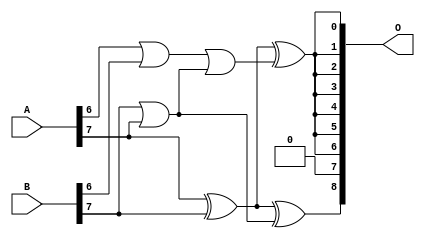
/***
* This code is a part of EvoApproxLib library (ehw.fit.vutbr.cz/approxlib) distributed under The MIT License.
* When used, please cite the following article(s): V. Mrazek, L. Sekanina, Z. Vasicek "Libraries of Approximate Circuits: Automated Design and Application in CNN Accelerators" IEEE Journal on Emerging and Selected Topics in Circuits and Systems, Vol 10, No 4, 2020 
* This file contains a circuit from a sub-set of pareto optimal circuits with respect to the pwr and mre parameters
***/
// MAE% = 16.64 %
// MAE = 43 
// WCE% = 50.00 %
// WCE = 128 
// WCRE% = 6350.00 %
// EP% = 99.22 %
// MRE% = 75.00 %
// MSE = 2723 
// PDK45_PWR = 0.002 mW
// PDK45_AREA = 10.8 um2
// PDK45_DELAY = 0.09 ns

module add8se_7N1 (
    A,
    B,
    O
);

input [7:0] A;
input [7:0] B;
output [8:0] O;

wire sig_29,sig_32,sig_53,sig_68,sig_72,sig_82,sig_84;

assign sig_29 = A[6] | B[6];
assign sig_32 = A[7] ^ B[7];
assign sig_53 = B[7] | A[7];
assign sig_68 = A[7] | B[7];
assign sig_72 = sig_29 | sig_53;
assign sig_82 = sig_32 ^ sig_72;
assign sig_84 = sig_32 ^ sig_68;

assign O[8] = sig_84;
assign O[7] = 1'b0;
assign O[6] = sig_82;
assign O[5] = sig_82;
assign O[4] = sig_82;
assign O[3] = sig_82;
assign O[2] = sig_82;
assign O[1] = sig_82;
assign O[0] = sig_82;

endmodule